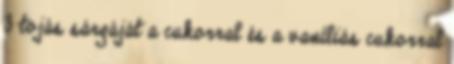
3 tojás sárgáját a cukorral és a vaníliás cukorral